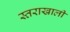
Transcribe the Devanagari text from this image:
स्तराखाली